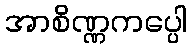
အာစိဏ္ဏကပ္ပေါ